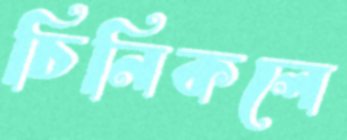
চিনিকলে